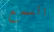
السمع